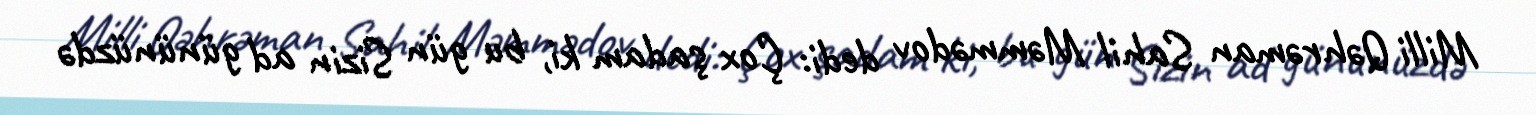
Milli Qəhrəman Sahil Məmmədov dedi: Çox şadam ki, bu gün Sizin ad gününüzdə